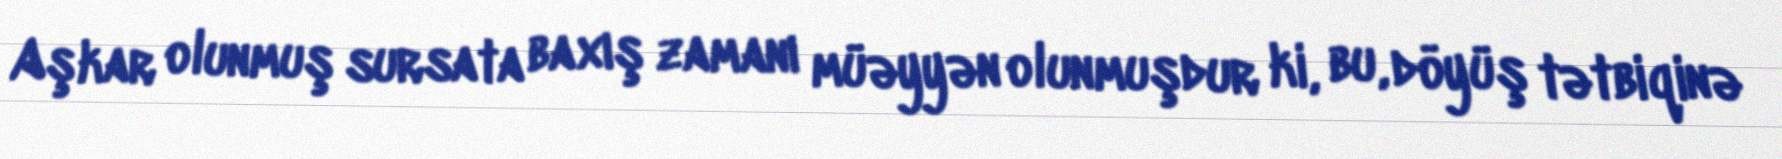
Aşkar olunmuş sursata baxış zamanı müəyyən olunmuşdur ki, bu, döyüş tətbiqinə